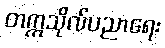
တက္ကသိုလ်ပညာရေး